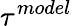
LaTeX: \tau^{model}